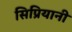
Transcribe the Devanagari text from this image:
सिप्रियानी